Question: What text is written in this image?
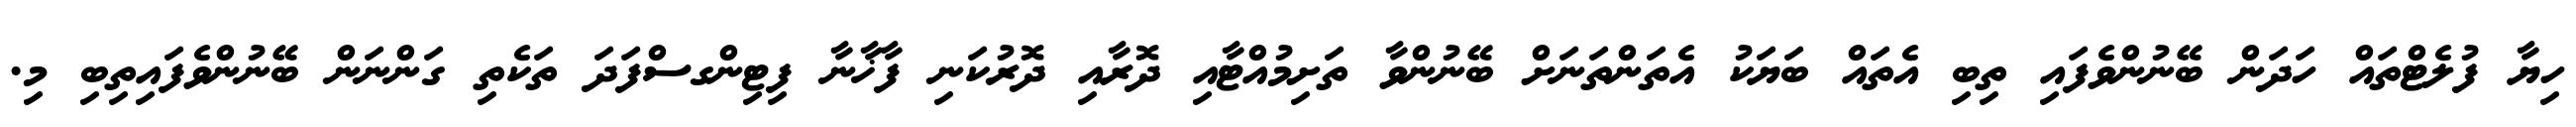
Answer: ހިޔާ ފުލެޓްތައް ހަދަން ބޭނުންވެފައި ތިބި އެތައް ބަޔަކު އެތަންތަނަށް ބޭނުންވާ ތަށިމުއްޓާއި ދޮރާއި ދޮރުކަނި ފާޚާނާ ފިޓިންގސްފަދަ ތަކެތި ގަންނަން ބޭނުންވެފައިތިބި މި.